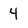
Character: 4